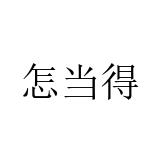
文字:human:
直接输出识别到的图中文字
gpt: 怎当得